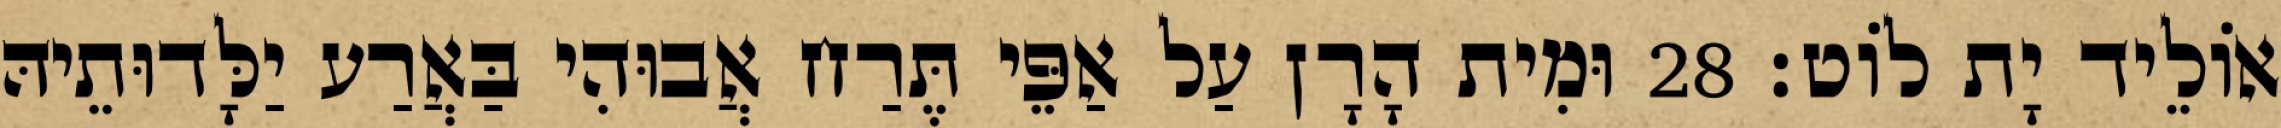
אוֹלֵיד יָת לוֹט׃ 28 וּמִית הָרָן עַל אַפֵּי תֶּרַח אֲבוּהִי בַּאֲרַע יַלָּדוּתֵיהּ